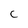
Character: C